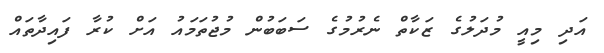
އަދި މިއީ މުދަލުގެ ޒަކާތް ނެރުމުގެ ސަބަބުން މުޖުތަމައު އަށް ކުރާ ފައިދާތައް